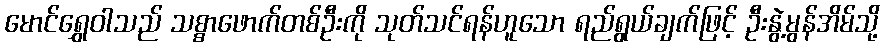
မောင်ရွှေဝါသည် သစ္စာဖောက်တစ်ဦးကို သုတ်သင်ရန်ဟူသော ရည်ရွယ်ချက်ဖြင့် ဦးနွဲ့မွန်အိမ်သို့